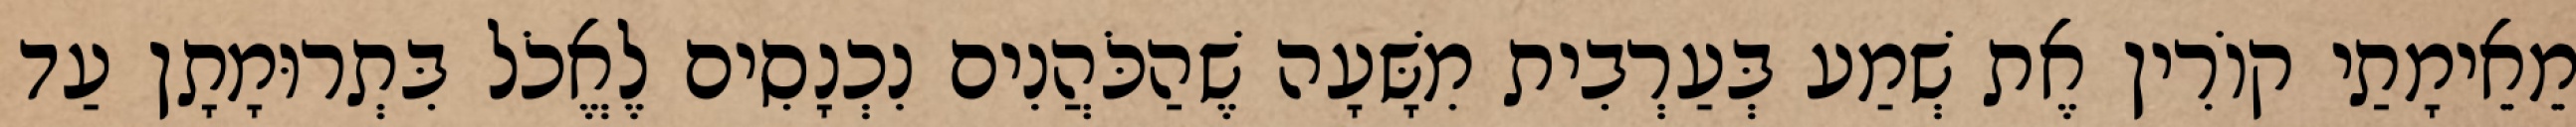
מֵאֵימָתַי קוֹרִין אֶת שְׁמַע בְּעַרְבִית מִשָּׁעָה שֶׁהַכֹּהֲנִים נִכְנָסִים לֶאֱכֹל בִּתְרוּמָתָן עַד